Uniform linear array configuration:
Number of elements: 4
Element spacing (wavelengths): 0.25
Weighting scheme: binomial
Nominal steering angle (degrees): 45
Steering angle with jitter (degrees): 45.865
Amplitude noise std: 0.05
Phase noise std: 0.05

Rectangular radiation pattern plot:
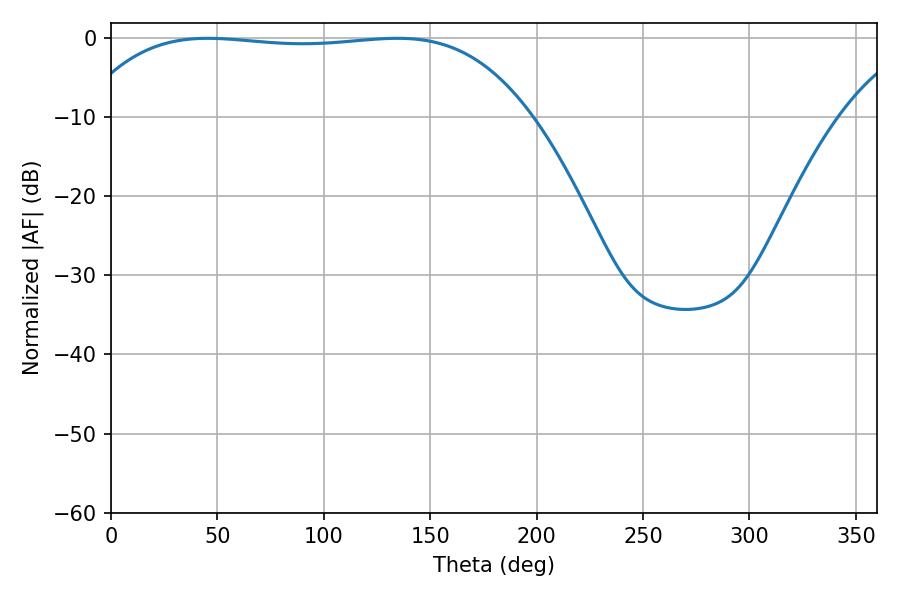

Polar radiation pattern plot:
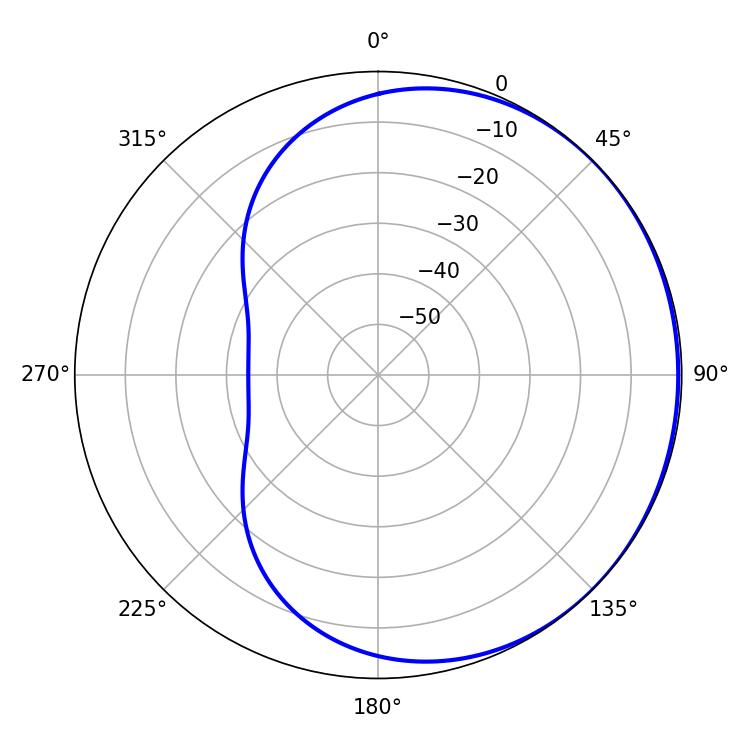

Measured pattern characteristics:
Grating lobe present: FALSE
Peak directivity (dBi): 0.5153
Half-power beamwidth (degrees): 165.96
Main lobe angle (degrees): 45.36